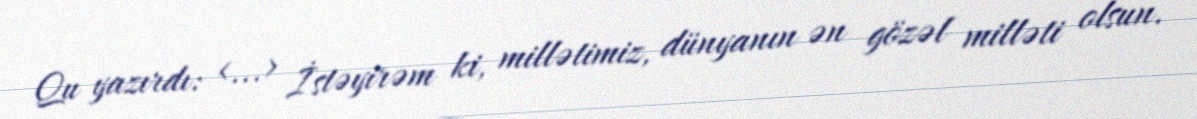
Qu yazırdı: <...> İstəyirəm ki, millətimiz, dünyanın ən gözəl milləti olsun.